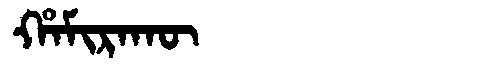
Manchu: ᡥᠠᠮᡳᡵᠠᡴᡡ
Romanization: HAMIRAKŪ